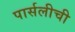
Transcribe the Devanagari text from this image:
पार्सलीची